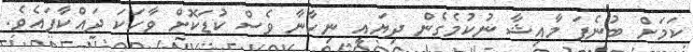
ކަމަށް ބުނެފަ މާއިޝާ ނުކުމެގެން ދިޔައީ ނިހާނާ ވެސް ކުޑަކޮށް ވާހަކަ ދައްކާފައެވެ.